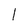
Character: l